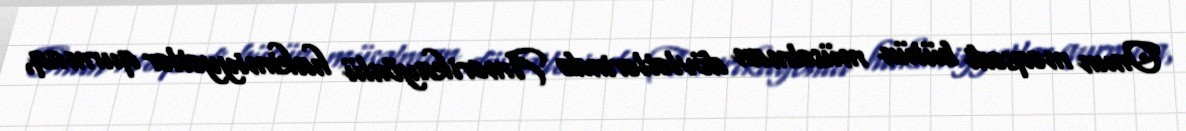
Onun məqsədi bütün müsəlman dövlətlərində Amerikayönlü hakimiyyətlər qurmaq,